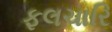
ફલચારિ